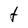
Character: t